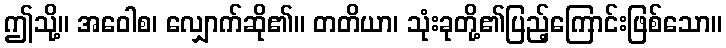
ဤသို့။ အဝေါစ၊ လျှောက်ဆို၏။ တတိယာ၊ သုံးခုတို့၏ပြည့်ကြောင်းဖြစ်သော။